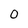
Character: 0